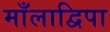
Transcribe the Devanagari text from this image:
माँलाद्विपा